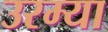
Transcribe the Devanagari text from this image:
उरम्या